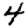
Digit: 4